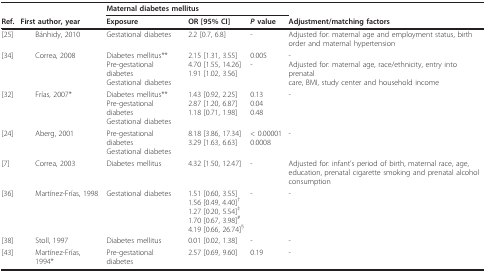
|  |  | <COLSPAN=3> Maternal diabetes mellitus |  |
 | Ref. | First author, year | Exposure | OR [95% CI] | P value | Adjustment/matching factors |
 | --- | --- | --- | --- | --- | --- |
 | [25] | Bánhidy, 2010 | Gestational diabetes | 2.2 [0.7, 6.8] | - | Adjusted for: maternal age and employment status, birth order and maternal hypertension |
 | [34] | Correa, 2008 | Diabetes mellitus**Pre-gestational diabetesGestational diabetes | 2.15 [1.31, 3.55]4.70 [1.55, 14.26]1.91 [1.02, 3.56] | 0.005- | -Adjusted for: maternal age, race/ethnicity, entry into prenatal care, BMI, study center and household income |
 | [32] | Frías, 2007* | Diabetes mellitus**Pre-gestational diabetesGestational diabetes | 1.43 [0.92, 2.25]2.87 [1.20, 6.87]1.18 [0.71, 1.98] | 0.130.040.48 | - |
 | [24] | Aberg, 2001 | Pre-gestational diabetesGestational diabetes | 8.18 [3.86, 17.34]3.29 [1.63, 6.63] | < 0.000010.0008 | - |
 | [7] | Correa, 2003 | Diabetes mellitus | 4.32 [1.50, 12.47] | - | Adjusted for: infant's period of birth, maternal race, age, education, prenatal cigarette smoking and prenatal alcohol consumption |
 | [36] | Martínez-Frías, 1998 | Gestational diabetes | 1.51 [0.60, 3.55]1.56 [0.49, 4.40]†1.27 [0.20, 5.54]‡1.70 [0.67, 3.98]#4.19 [0.66, 26.74]§ | - | - |
 | [38] | Stoll, 1997 | Diabetes mellitus | 0.01 [0.02, 1.38] | - | - |
 | [43] | Martínez-Frías, 1994* | Pre-gestational diabetes | 2.57 [0.69, 9.60] | 0.19 | - |